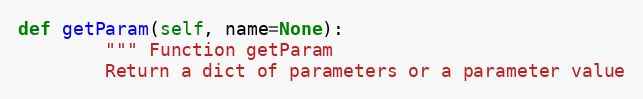
Language: Python
def getParam(self, name=None):
        """ Function getParam
        Return a dict of parameters or a parameter value